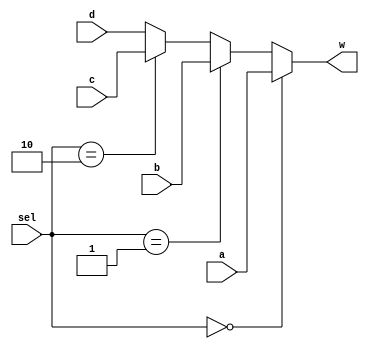
// Spring 2017, Computer Architecture

module mux4to1 (a, b, c, d, sel, w);
  input [15:0] a, b, c, d;
  input [1:0] sel;
  output [15:0] w;
  assign w =  (sel == 2'b00) ? a :
              (sel == 2'b01) ? b :
              (sel == 2'b10) ? c : d;
endmodule